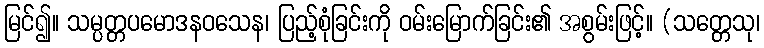
မြင်၍။ သမ္ပတ္တပမောဒနဝသေန၊ ပြည့်စုံခြင်းကို ဝမ်းမြောက်ခြင်း၏ အစွမ်းဖြင့်။ (သတ္တေသု၊